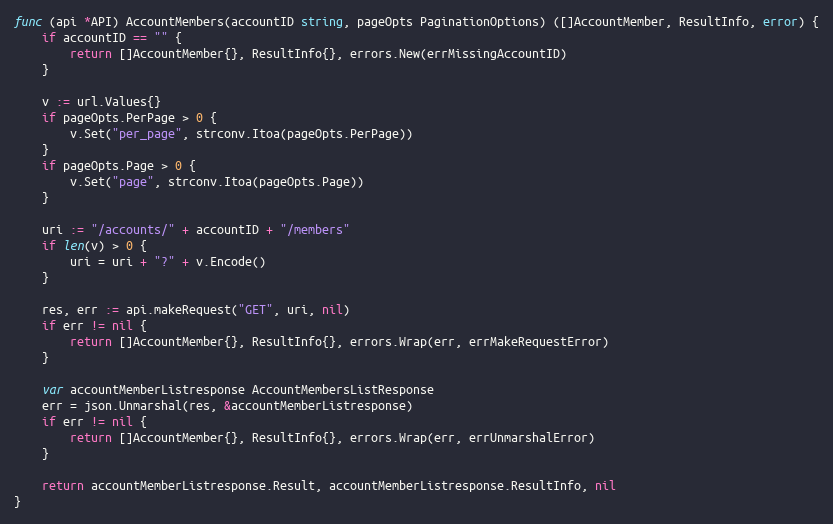
Language: Go
func (api *API) AccountMembers(accountID string, pageOpts PaginationOptions) ([]AccountMember, ResultInfo, error) {
	if accountID == "" {
		return []AccountMember{}, ResultInfo{}, errors.New(errMissingAccountID)
	}

	v := url.Values{}
	if pageOpts.PerPage > 0 {
		v.Set("per_page", strconv.Itoa(pageOpts.PerPage))
	}
	if pageOpts.Page > 0 {
		v.Set("page", strconv.Itoa(pageOpts.Page))
	}

	uri := "/accounts/" + accountID + "/members"
	if len(v) > 0 {
		uri = uri + "?" + v.Encode()
	}

	res, err := api.makeRequest("GET", uri, nil)
	if err != nil {
		return []AccountMember{}, ResultInfo{}, errors.Wrap(err, errMakeRequestError)
	}

	var accountMemberListresponse AccountMembersListResponse
	err = json.Unmarshal(res, &accountMemberListresponse)
	if err != nil {
		return []AccountMember{}, ResultInfo{}, errors.Wrap(err, errUnmarshalError)
	}

	return accountMemberListresponse.Result, accountMemberListresponse.ResultInfo, nil
}